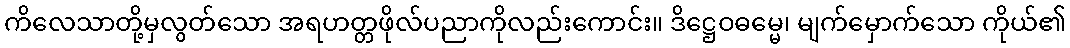
ကိလေသာတို့မှလွတ်သော အရဟတ္တဖိုလ်ပညာကိုလည်းကောင်း။ ဒိဋ္ဌေဝဓမ္မေ၊ မျက်မှောက်သော ကိုယ်၏